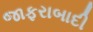
જાફરાબાદી